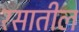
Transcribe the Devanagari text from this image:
रसातील